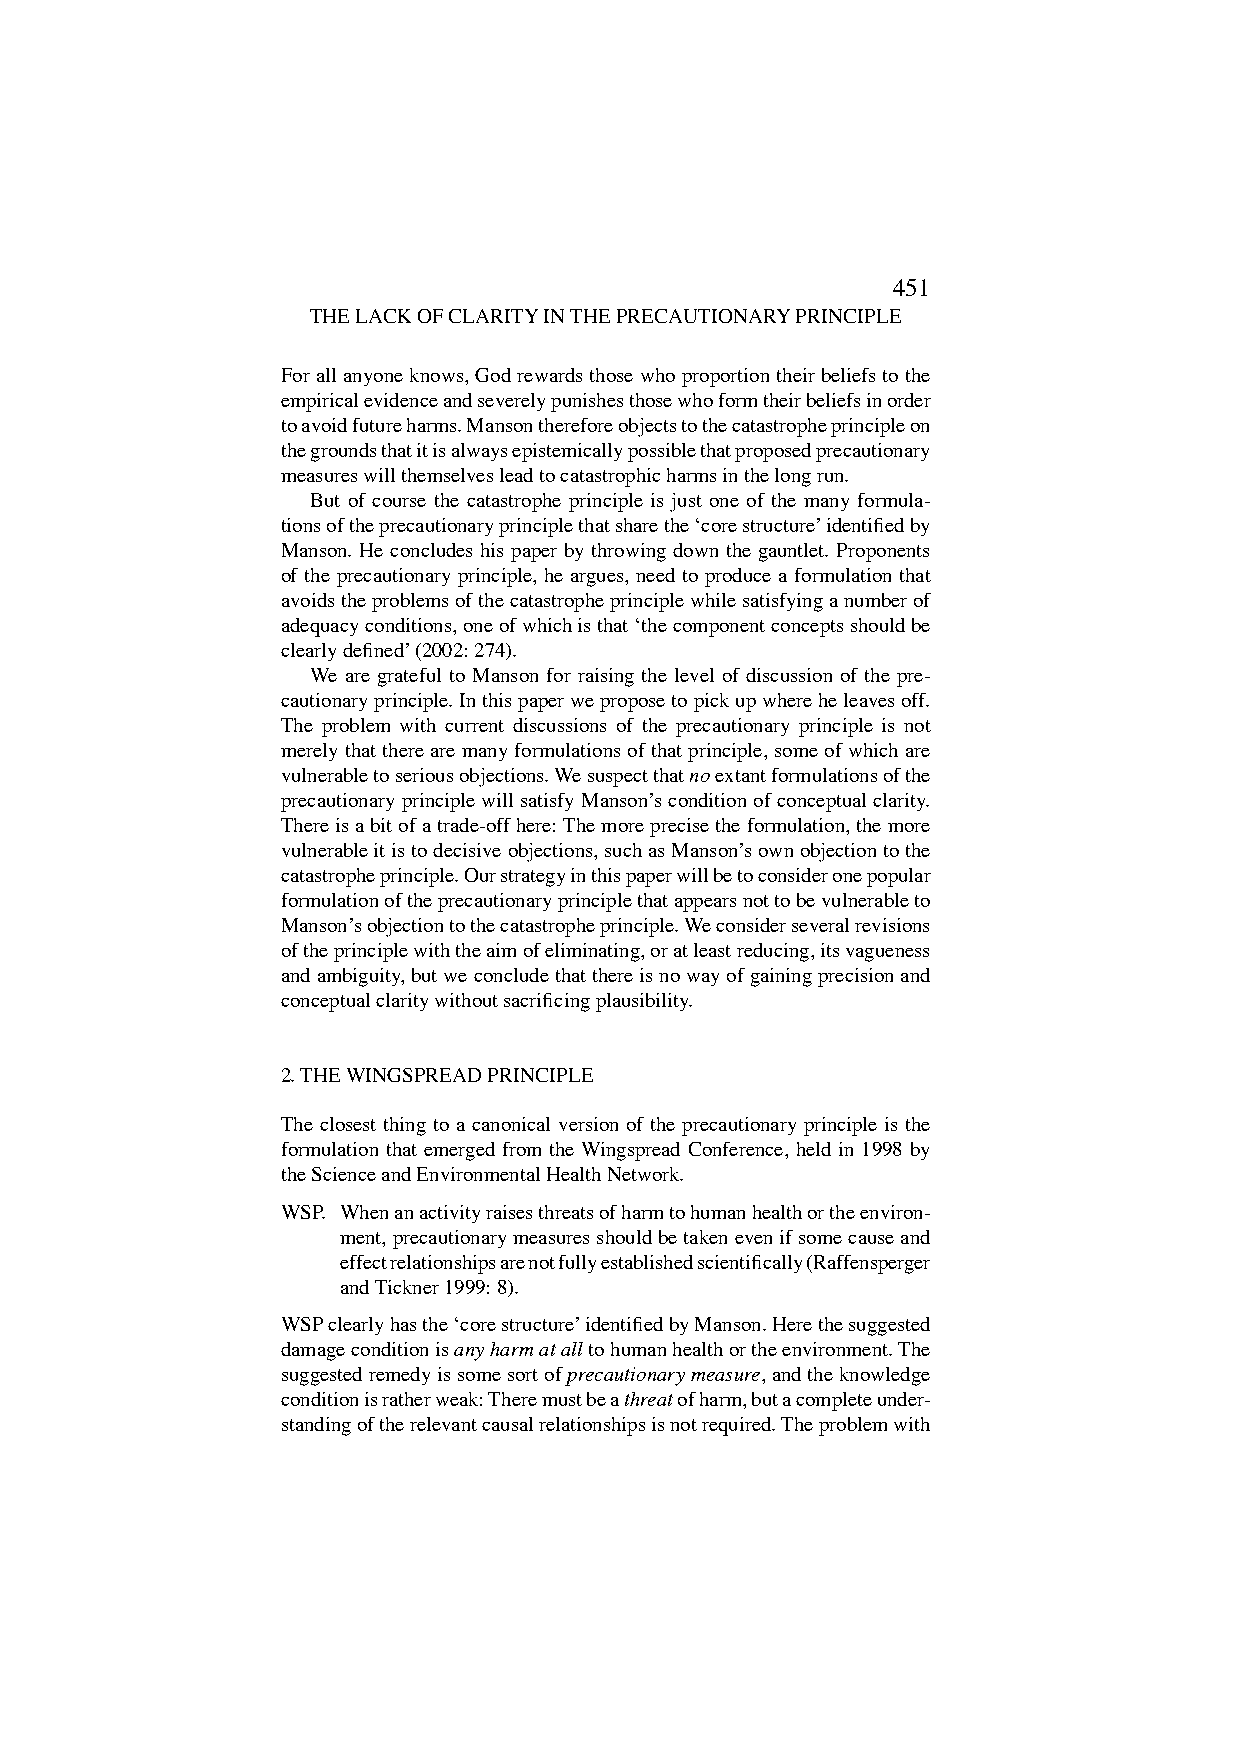
450                                                        451
 DEREK TURNER AND LAUREN HARTZELL THE LACK OF CLARITY IN THE PRECAUTIONARY PRINCIPLE
 For all anyone knows, God rewards those who proportion their beliefs to the
 empirical evidence and severely punishes those who form their beliefs in order
 to avoid future harms. Manson therefore objects to the catastrophe principle on
 the grounds that it is always epistemically possible that proposed precautionary
 measures will themselves lead to catastrophic harms in the long run.
 But of course the catastrophe principle is just one of the many formula-
 tions of the precautionary principle that share the ʻcore structureʼ identified by
 Manson. He concludes his paper by throwing down the gauntlet. Proponents
 of the precautionary principle, he argues, need to produce a formulation that
 avoids the problems of the catastrophe principle while satisfying a number of
 adequacy conditions, one of which is that ʻthe component concepts should be
 clearly definedʼ (2002: 274).
 We are grateful to Manson for raising the level of discussion of the pre-
 cautionary principle. In this paper we propose to pick up where he leaves off.
 The problem with current discussions of the precautionary principle is not
 merely that there are many formulations of that principle, some of which are
 vulnerable to serious objections. We suspect that no extant formulations of the
 precautionary principle will satisfy Mansonʼs condition of conceptual clarity.
 There is a bit of a trade-off here: The more precise the formulation, the more
 vulnerable it is to decisive objections, such as Mansonʼs own objection to the
 catastrophe principle. Our strategy in this paper will be to consider one popular
 formulation of the precautionary principle that appears not to be vulnerable to
 Mansonʼs objection to the catastrophe principle. We consider several revisions
 of the principle with the aim of eliminating, or at least reducing, its vagueness
 and ambiguity, but we conclude that there is no way of gaining precision and
 conceptual clarity without sacrificing plausibility.
 2. THE WINGSPREAD PRINCIPLE
 The closest thing to a canonical version of the precautionary principle is the
 formulation that emerged from the Wingspread Conference, held in 1998 by
 the Science and Environmental Health Network.
 WSP. When an activity raises threats of harm to human health or the environ-
 ment, precautionary measures should be taken even if some cause and
 effect relationships are not fully established scientifically (Raffensperger
 and Tickner 1999: 8).
 WSP clearly has the ʻcore structureʼ identified by Manson. Here the suggested
 damage condition is any harm at all to human health or the environment. The
 suggested remedy is some sort of precautionary measure, and the knowledge
 condition is rather weak: There must be a threat of harm, but a complete under-
 standing of the relevant causal relationships is not required. The problem with